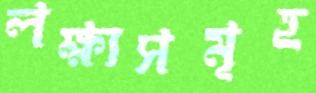
লক্ষ্যসমূহ